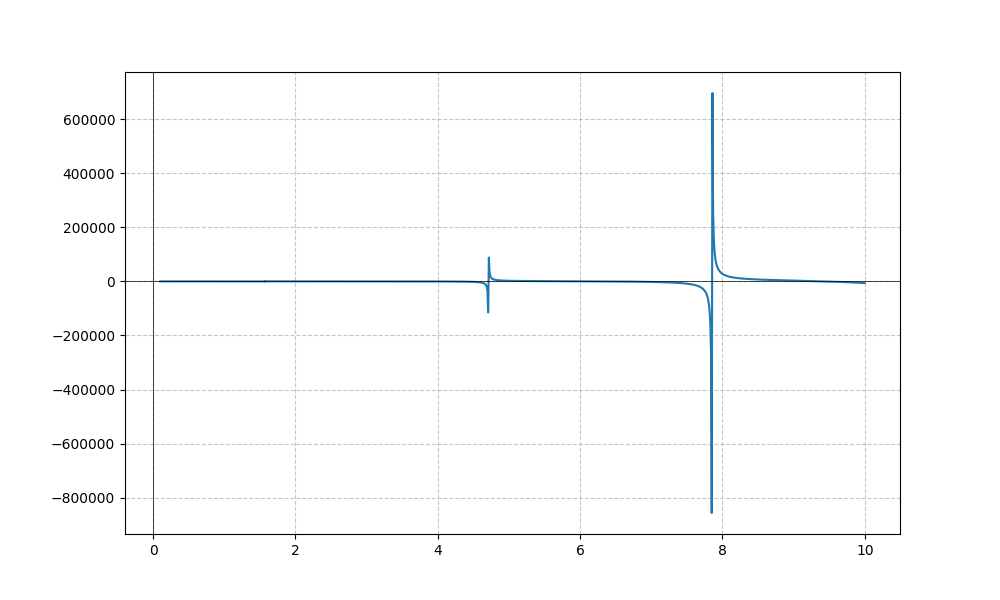
LaTeX formula: - x^{4} \tan{\left(x \right)}